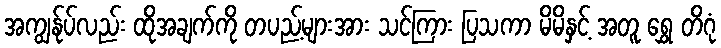
အကျွန်ုပ်လည်း ထိုအချက်ကို တပည့်များအား သင်ကြား ပြသကာ မိမိနှင့် အတူ ရွှေ တိဂုံ